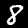
Label: 8